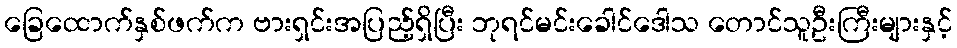
ခြေထောက်နှစ်ဖက်က ဗားရှင်းအပြည့်ရှိပြီး ဘုရင်မင်းခေါင်ဒေါသ တောင်သူဦးကြီးများနှင့်